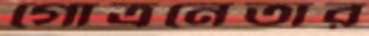
গোত্রনেতার